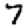
Digit: 7